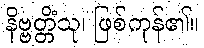
နိဗ္ဗတ္တိံသု၊ ဖြစ်ကုန်၏။